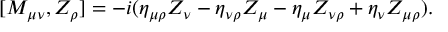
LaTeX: [ M _ { \mu \nu } , Z _ { \rho \l } ] = - i ( \eta _ { \mu \rho } Z _ { \nu \l } - \eta _ { \nu \rho } Z _ { \mu \l } - \eta _ { \mu \l } Z _ { \nu \rho } + \eta _ { \nu \l } Z _ { \mu \rho } ) .